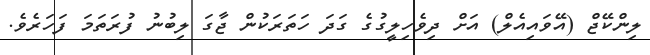
ލިންކޭޖް (އޭވައިއެލް) އަށް ދިވެހިލީގުގެ ގަދަ ހަތަރަކުން ޖާގަ ލިބުނު ފުރަތަމަ ފަހަރެވެ.